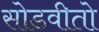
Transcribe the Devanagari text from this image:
सोडवीतो